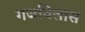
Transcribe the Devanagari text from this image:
गजविलास